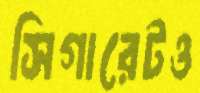
সিগারেটও